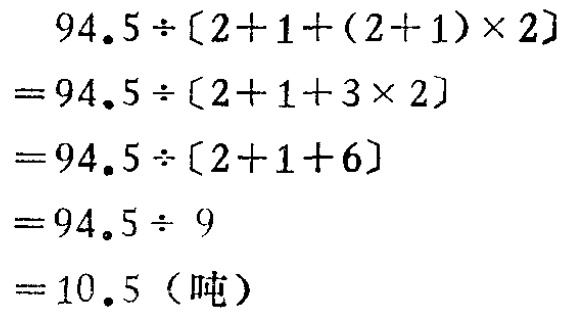
\[
\begin{align*}
&94.5\div[2 + 1+(2 + 1)\times2]\\
=&94.5\div[2 + 1+3\times2]\\
=&94.5\div[2 + 1+6]\\
=&94.5\div9\\
=&10.5（吨）
\end{align*}
\]